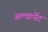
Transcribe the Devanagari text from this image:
अल्वार्पेट